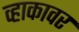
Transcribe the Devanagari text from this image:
व्हाकावर